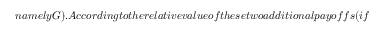
n a m e l y G ) . A c c o r d i n g t o t h e r e l a t i v e v a l u e o f t h e s e t w o a d d i t i o n a l p a y o f f s ( i f